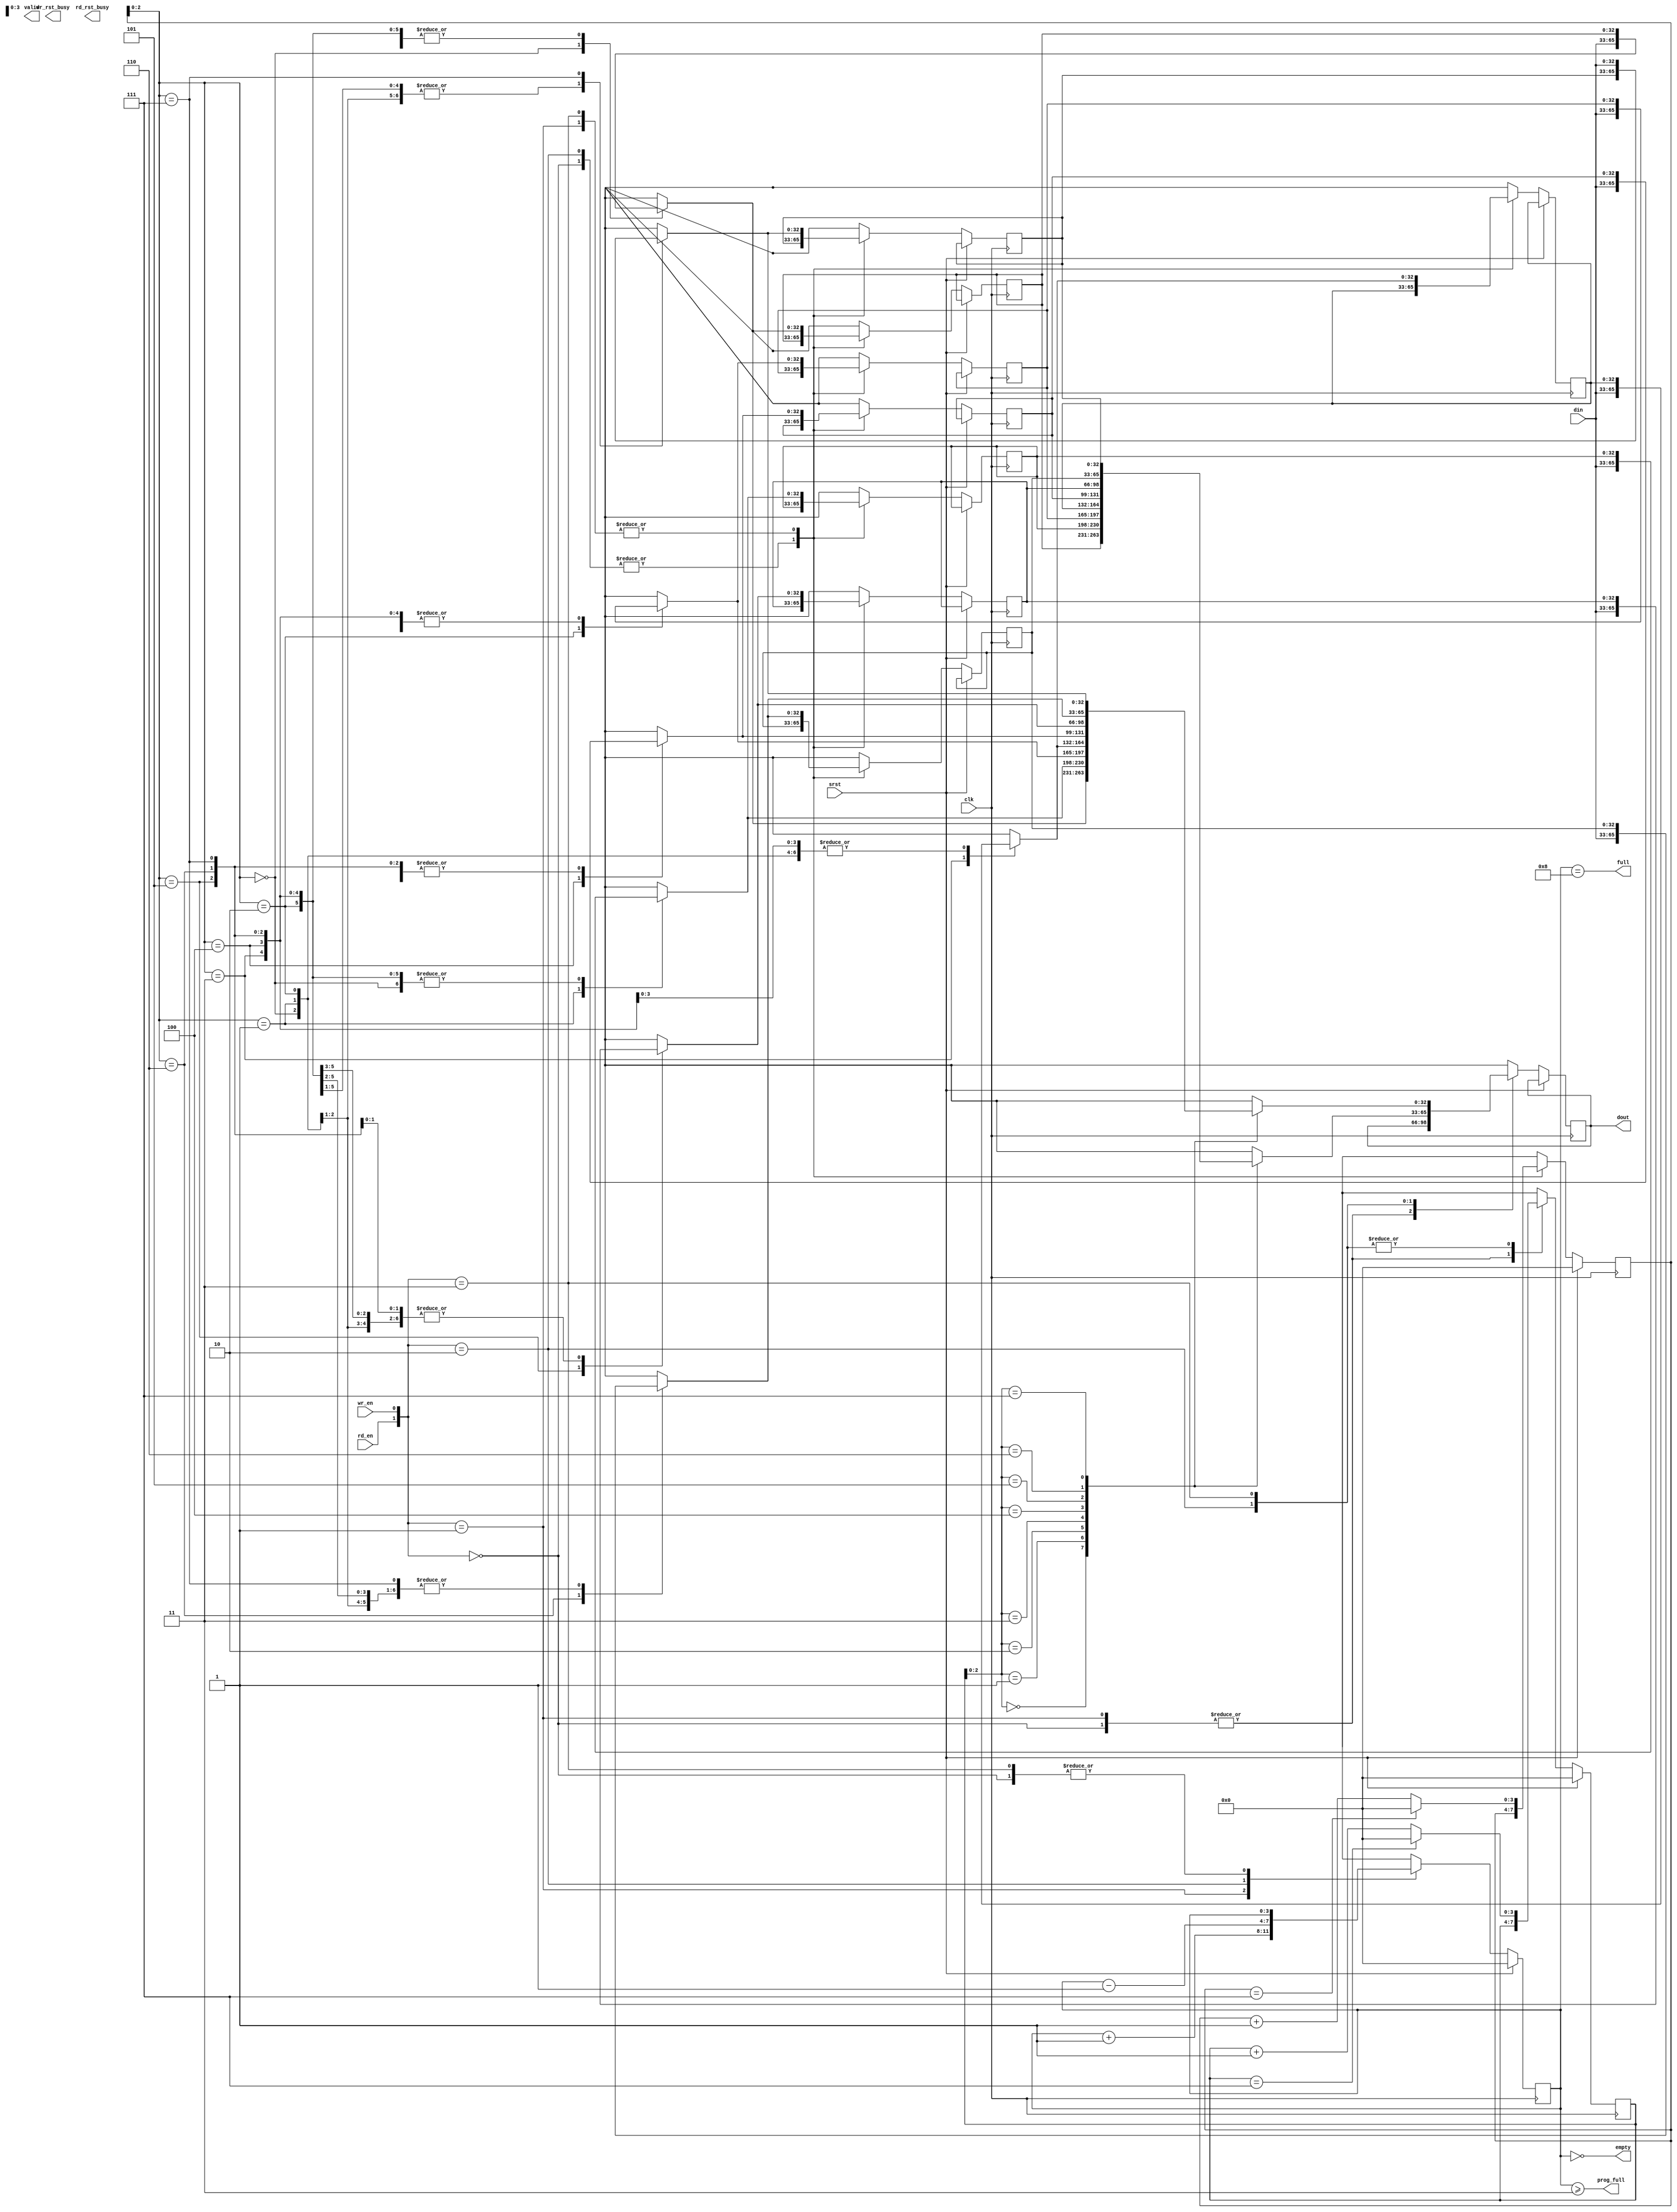
`timescale 1ns/1ps

module fifo_parser_copy
#(
    parameter WIDTH=33,
    parameter DEPTH=8
)
(
	input clk,
	input srst,
	
//	.almost_full(),
	output full,
	input[WIDTH-1:0] din,
	input wr_en,
	
	output empty,
	output[WIDTH-1:0] dout,
	input rd_en,
	
	output valid,
	output prog_full,
	output wr_rst_busy,
	output rd_rst_busy
);
reg [WIDTH-1:0]fifo_out;
reg [WIDTH-1:0]ram[7:0];
reg [3:0]read_ptr,write_ptr,counter;
wire fifo_half,fifo_full;

always@(posedge clk)
  if(srst)
    begin
    read_ptr<=0;
    write_ptr<=0;
    counter<=0;
    end
  else
    case({rd_en,wr_en})
      2'b00:
            counter=counter;     
      2'b01:                        
            begin
				ram[write_ptr]=din;
				counter=counter+1;
				write_ptr=(write_ptr==7)?0:write_ptr+1;
            end
      2'b10:                       
            begin
				fifo_out=ram[read_ptr];
				counter=counter-1;
				read_ptr=(read_ptr==7)?0:read_ptr+1;
            end
      2'b11:                  
            begin
                ram[write_ptr]=din;
				fifo_out=ram[read_ptr];
                write_ptr=(write_ptr==7)?0:write_ptr+1;
                read_ptr=(read_ptr==7)?0:read_ptr+1;
            end
        endcase

assign empty=(counter==0); 
assign fifo_half=(counter>=3);
assign fifo_full=(counter==8);
assign dout=fifo_out;
assign prog_full=fifo_half;
assign full=fifo_full;

endmodule